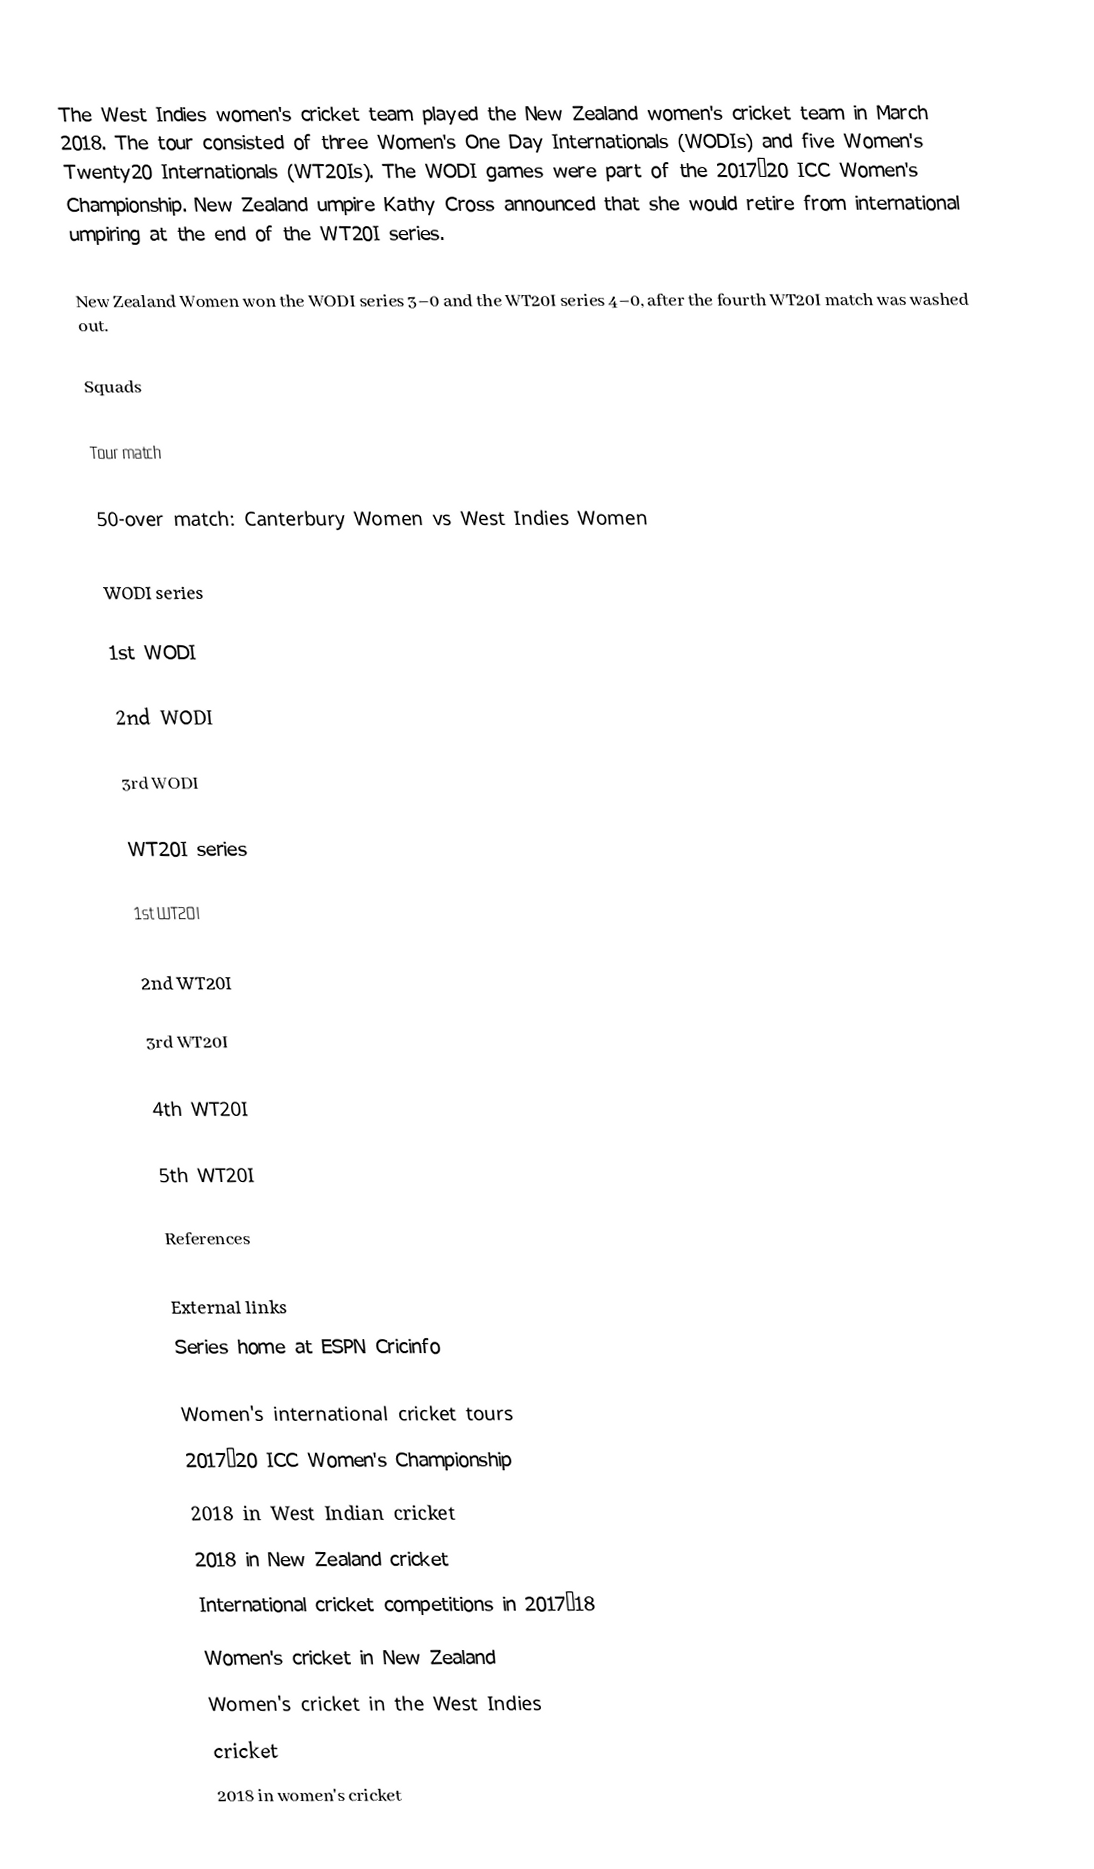
The West Indies women's cricket team played the New Zealand women's cricket team in March 2018. The tour consisted of three Women's One Day Internationals (WODIs) and five Women's Twenty20 Internationals (WT20Is). The WODI games were part of the 2017–20 ICC Women's Championship. New Zealand umpire Kathy Cross announced that she would retire from international umpiring at the end of the WT20I series.

New Zealand Women won the WODI series 3–0 and the WT20I series 4–0, after the fourth WT20I match was washed out.

Squads

Tour match

50-over match: Canterbury Women vs West Indies Women

WODI series

1st WODI

2nd WODI

3rd WODI

WT20I series

1st WT20I

2nd WT20I

3rd WT20I

4th WT20I

5th WT20I

References

External links
 Series home at ESPN Cricinfo

Women's international cricket tours
2017–20 ICC Women's Championship
2018 in West Indian cricket
2018 in New Zealand cricket
International cricket competitions in 2017–18
Women's cricket in New Zealand
Women's cricket in the West Indies
cricket
2018 in women's cricket